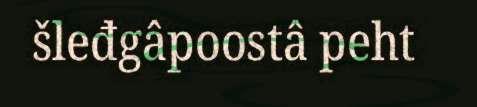
šleđgâpoostâ peht